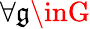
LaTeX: \forall\mathfrak{g}\inG